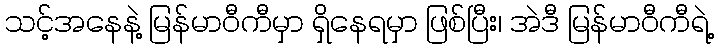
သင့်အနေနဲ့ မြန်မာဝီကီမှာ ရှိနေရမှာ ဖြစ်ပြီး၊ အဲဒီ မြန်မာဝီကီရဲ့